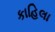
કાહિલા